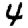
Digit: 4